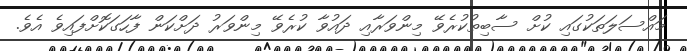
މައްސަލަތަކުގައި ކުށް ސާބިތުކުރެވޭ މިންވަރާއި ދައުވާ ކުރެވޭ މިންވަރު ދަށްކަން ފާހަގަކޮށްފައިވެ އެވެ.